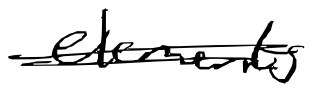
Text: elements
Cross-out: double-line
Writing tool: digital_black